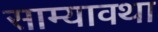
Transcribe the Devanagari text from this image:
साम्यावथा